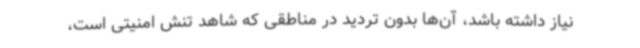
نیاز داشته باشد، آن‌ها بدون تردید در مناطقی که شاهد تنش امنیتی است،